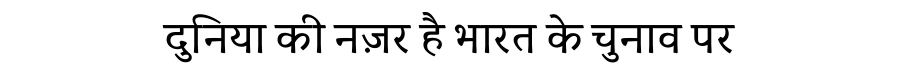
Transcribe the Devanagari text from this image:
दुनिया की नज़र है भारत के चुनाव पर